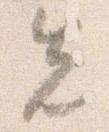
先